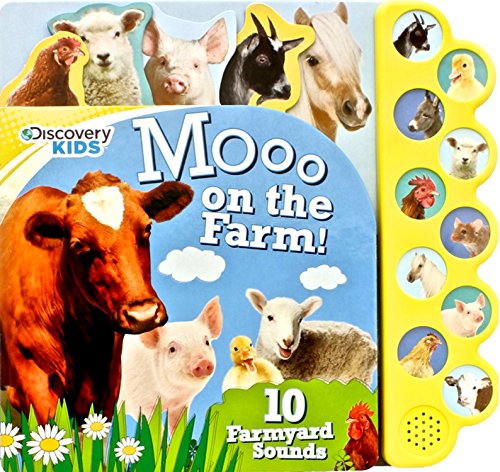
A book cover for Moo on the Farm (Discovery Kids); Parragon Books; Children's Books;